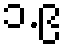
၁.၉